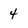
Character: 4